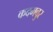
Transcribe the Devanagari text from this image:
कदमबुर